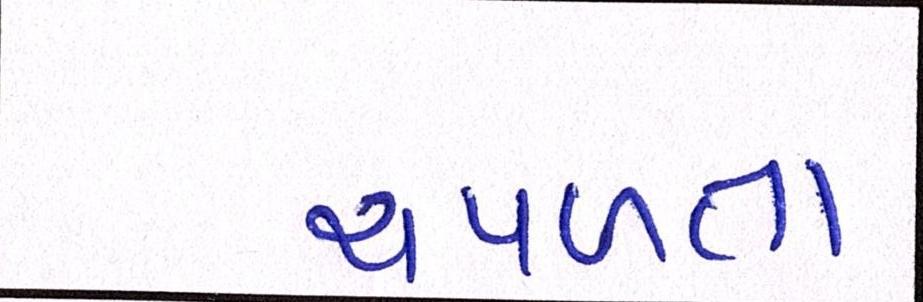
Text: ચપળતા